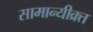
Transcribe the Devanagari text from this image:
सामान्यीक्र्त